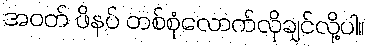
အဝတ် ဖိနပ် တစ်စုံလောက်လိုချင်လို့ပါ။